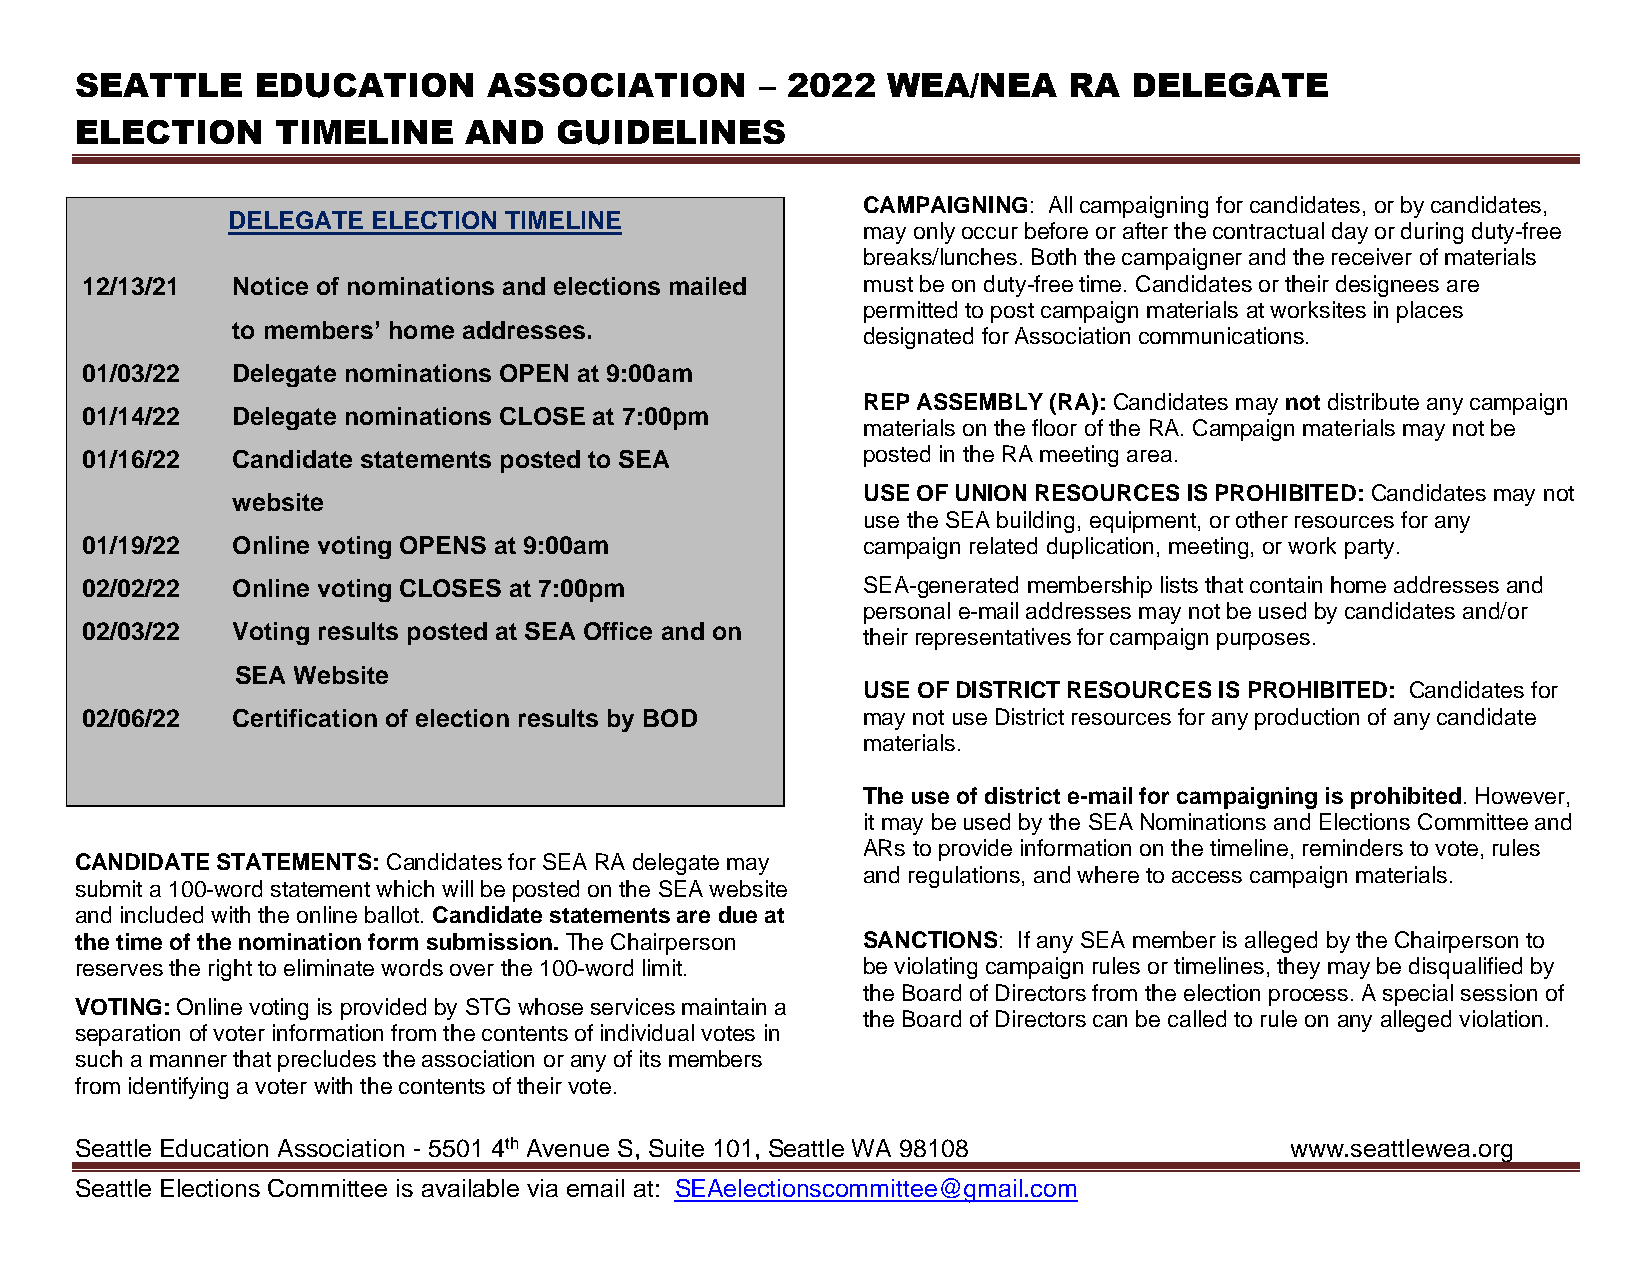
SEATTLE     EDUCATION      ASSOCIATION       – 2022   WEA/NEA     RA  DELEGATE
 ELECTION     TIMELINE     AND   GUIDELINES
 CAMPAIGNING: All campaigning for candidates, or by candidates,
 DELEGATE  ELECTION TIMELINE
 may only occur before or after the contractual day or during duty-free
 breaks/lunches. Both the campaigner and the receiver of materials
 12/13/21  Notice of nominations and elections mailed must be on duty-free time. Candidates or their designees are
 permitted to post campaign materials at worksites in places
 to members’ home addresses.
 designated for Association communications.
 01/03/22  Delegate nominations OPEN at 9:00am
 REP ASSEMBLY (RA): Candidates may not distribute any campaign
 01/14/22  Delegate nominations CLOSE at 7:00pm
 materials on the floor of the RA. Campaign materials may not be
 01/16/22  Candidate statements posted to SEA        posted in the RA meeting area.
 USE OF UNION RESOURCES IS PROHIBITED: Candidates may not
 website
 use the SEA building, equipment, or other resources for any
 01/19/22  Online voting OPENS at 9:00am             campaign related duplication, meeting, or work party.
 02/02/22  Online voting CLOSES at 7:00pm            SEA-generated membership lists that contain home addresses and
 personal e-mail addresses may not be used by candidates and/or
 02/03/22  Voting results posted at SEA Office and on
 their representatives for campaign purposes.
 SEA Website
 USE OF DISTRICT RESOURCES IS PROHIBITED: Candidates for
 02/06/22  Certification of election results by BOD  may not use District resources for any production of any candidate
 materials.
 The use of district e-mail for campaigning is prohibited. However,
 it may be used by the SEA Nominations and Elections Committee and
 ARs to provide information on the timeline, reminders to vote, rules
 CANDIDATE STATEMENTS: Candidates for SEA RA delegate may
 and regulations, and where to access campaign materials.
 submit a 100-word statement which will be posted on the SEA website
 and included with the online ballot. Candidate statements are due at
 the time of the nomination form submission. The Chairperson SANCTIONS: If any SEA member is alleged by the Chairperson to
 reserves the right to eliminate words over the 100-word limit. be violating campaign rules or timelines, they may be disqualified by
 the Board of Directors from the election process. A special session of
 VOTING: Online voting is provided by STG whose services maintain a
 the Board of Directors can be called to rule on any alleged violation.
 separation of voter information from the contents of individual votes in
 such a manner that precludes the association or any of its members
 from identifying a voter with the contents of their vote.
 Seattle Education Association - 5501 4th Avenue S, Suite 101, Seattle WA 98108  www.seattlewea.org
 Seattle Elections Committee is available via email at: SEAelectionscommittee@gmail.com